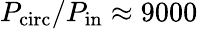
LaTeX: P_{\mathrm{circ}}/P_{\mathrm{in}}\approx 9000